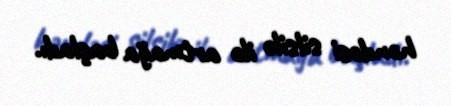
həndəsi silsilə ilə artmağa başladı.